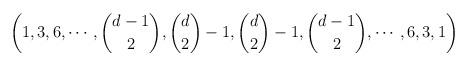
LaTeX: \begin{align*} \left (1,3,6,\cdots ,\binom{d-1}{2}, \binom{d}{2}-1, \binom{d}{2}-1, \binom{d-1}{2},\cdots ,6,3,1 \right ) \end{align*}